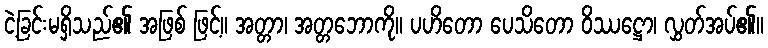
ငဲ့ခြင်းမရှိသည်၏ အဖြစ် ဖြင့်။ အတ္တာ၊ အတ္တဘောကို။ ပဟိတော ပေသိတော ဝိဿဋ္ဌော၊ လွှတ်အပ်၏။